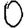
Digit: 0